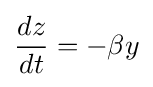
{\frac {dz}{dt}}=-\beta y